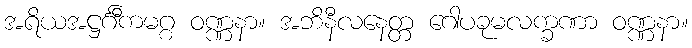
အရိယအဋ္ဌင်္ဂီကမဂ္ဂ ဝဏ္ဏနာ။ အဘိနီလနေတ္တ ဂေါပခုမလက္ခဏာ ဝဏ္ဏနာ။